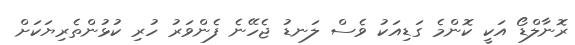
ރޮނާލްޑޯ އަކީ ކޮންމެ ގަޑިއަކު ވެސް ލަނޑު ޖެހޭނެ ފެންވަރު ހުރި ކުޅުންތެރިޔަކަށް